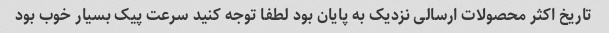
تاریخ اکثر محصولات ارسالی نزدیک به پایان بود لطفا توجه کنید سرعت پیک بسیار خوب بود